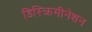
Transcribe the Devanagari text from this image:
डिस्क्रिमीनेशन